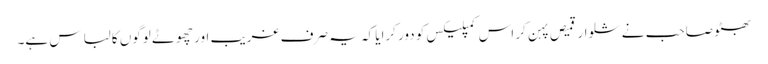
بھٹو صاحب نے شلوار قمیص پہن کر اس کمپلیکس کو دور کرایا کہ یہ صرف غریب اور چھوٹے لوگوں کا لباس ہے۔